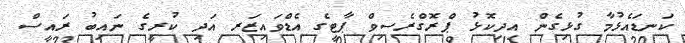
ކަނޑައެޅުމާ ގުޅިގެން އިދިކޮޅު ޕްރޮގްރެސިވް ޕާޓީގެ އެޑްވައިޒަރ އަދި ކުރީގެ ނައިބު ރައީސް